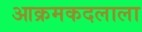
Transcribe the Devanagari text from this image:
आक्रमकदलाला